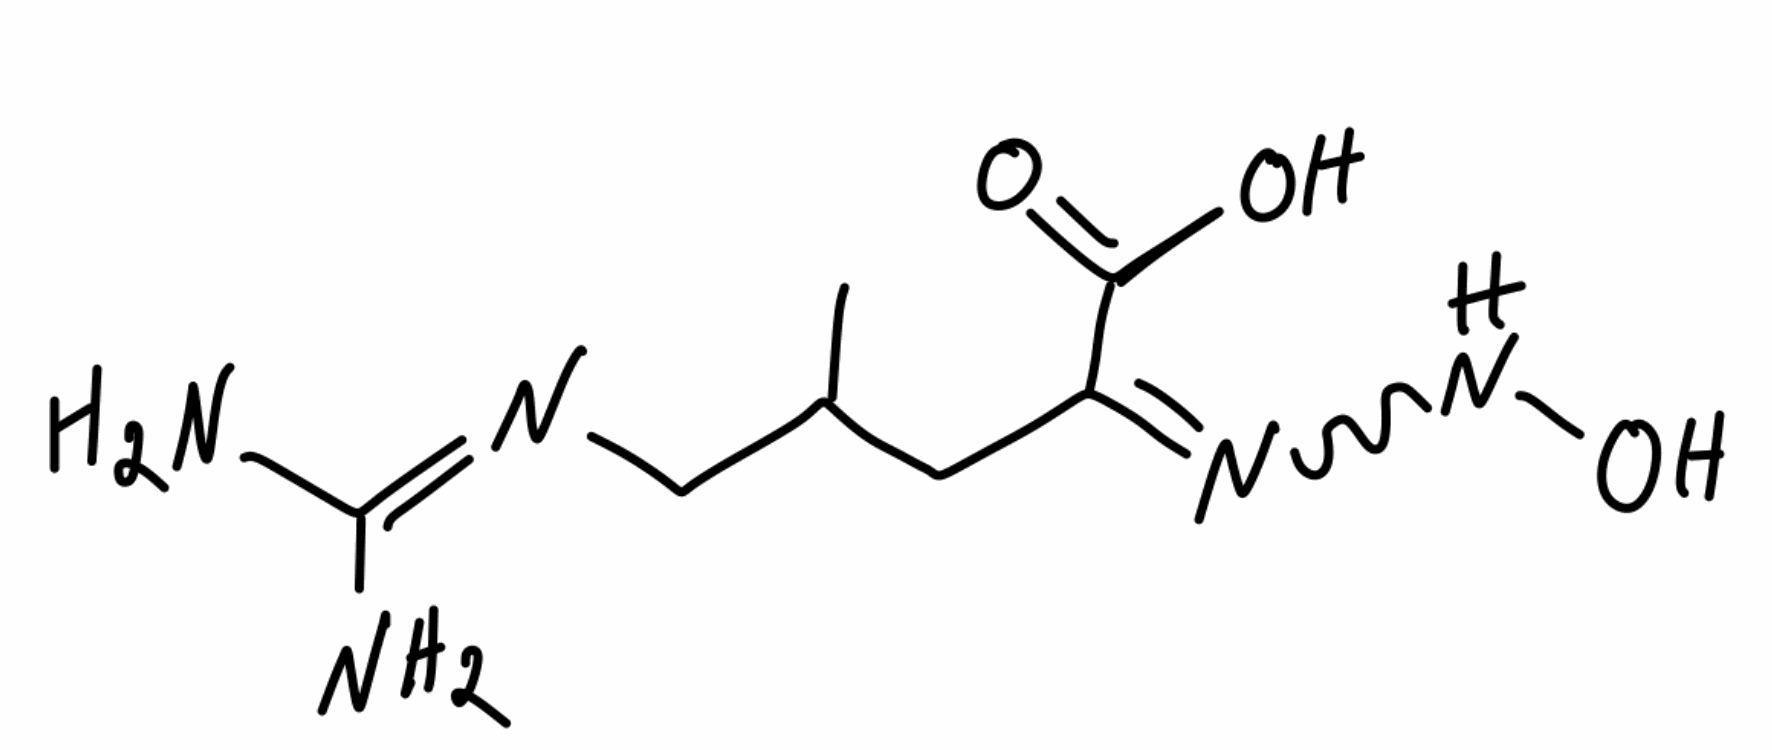
Simplified molecular-input line-entry system (SMILES) notation of the given molecule:
CC(CC(=NNO)C(=O)O)CN=C(N)N